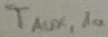
Text: TAUX,1a